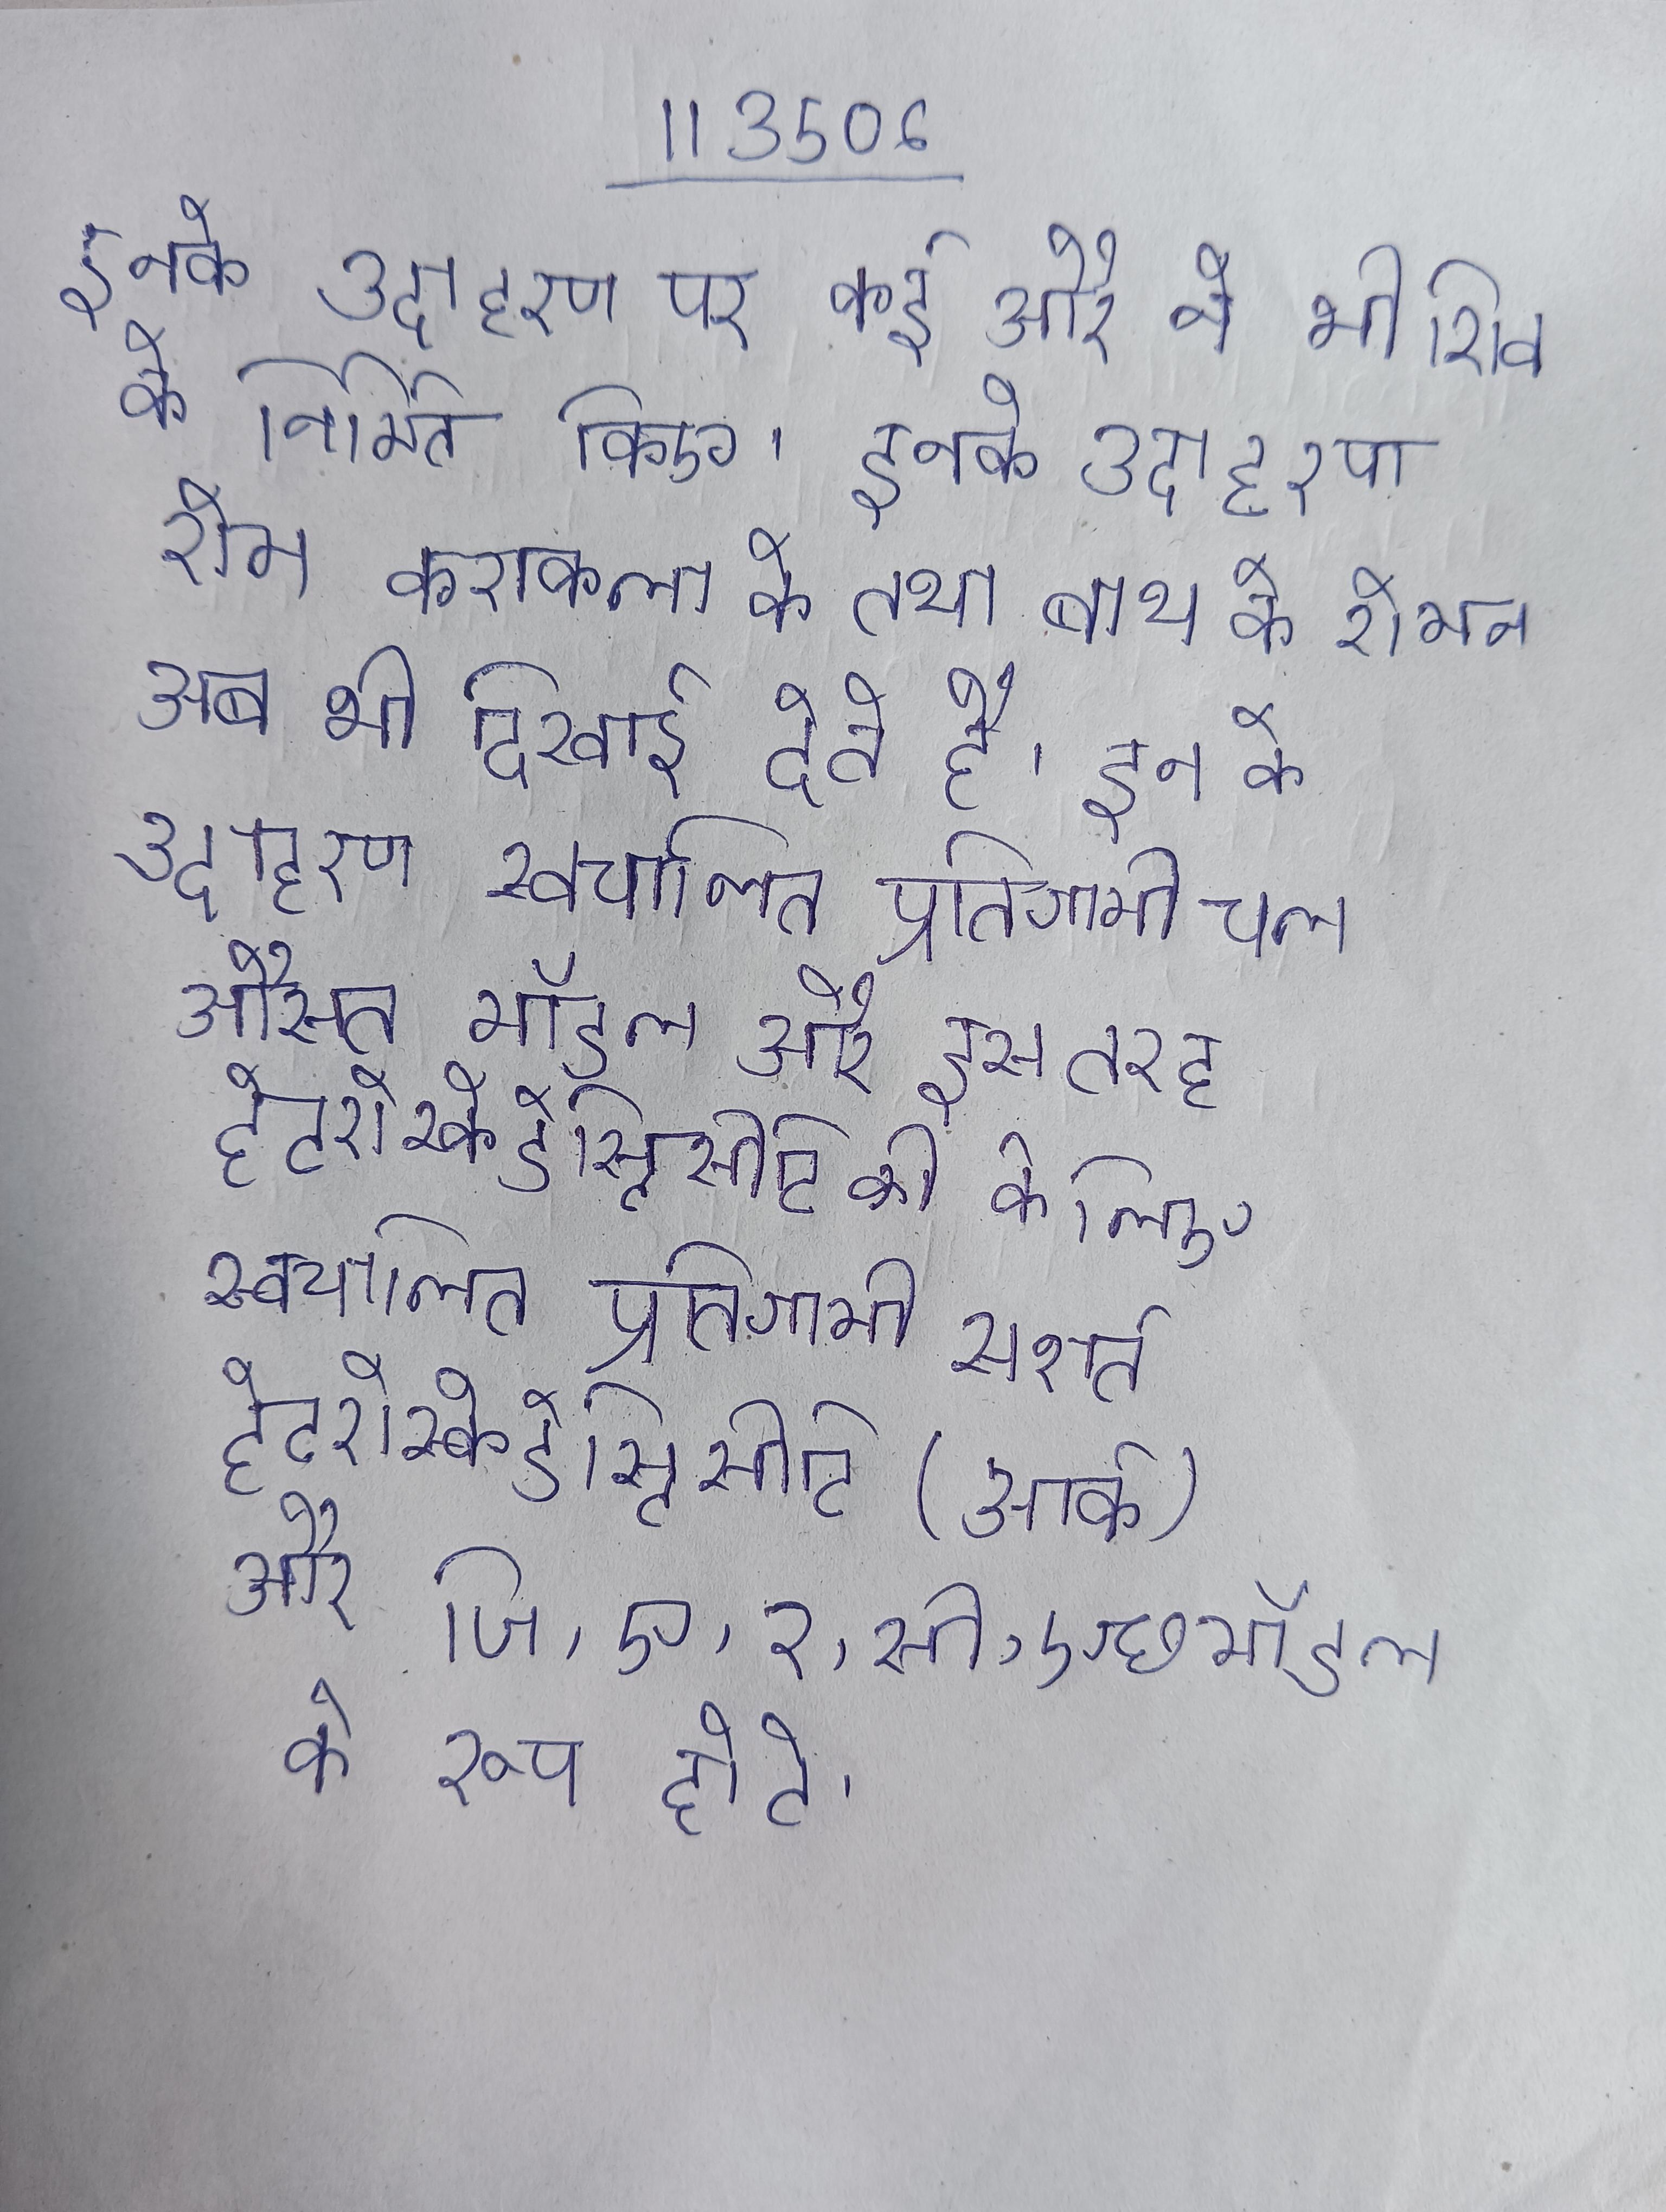
इनके उदाहरण पर कई और ने भी शिव के निर्मित किए । इनके उदाहरण रोम कराकला के तथा बाथ के रोमन अब भी दिखाई देते है । इन के उदाहरण स्वचालित प्रतिगामी चल औसत मॉडल और इस तरह हेटरोस्केडेस्टिसीटी की के लिए स्वचालित प्रतिगामी सशर्त हेटरोस्केडेस्टिसीटी (आर्क) और जि,ए,र,सी,एछ मॉडल के रूप होते ।